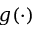
g ( \cdot )